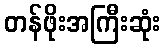
တန်ဖိုးအကြီးဆုံး